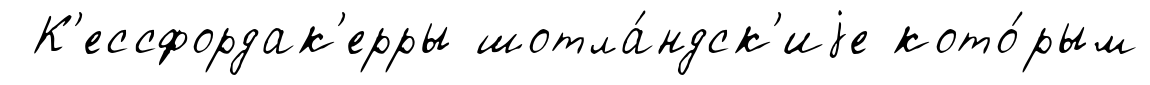
К'ессфордак'ерры шотла́ндск'иjе кото́рым